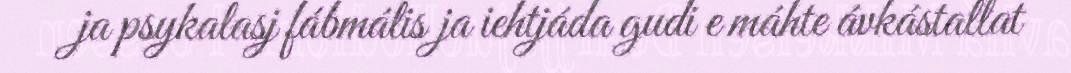
ja psykalasj fábmális ja iehtjáda gudi e máhte ávkástallat